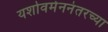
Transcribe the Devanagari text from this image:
यशोवर्मननंतरच्या